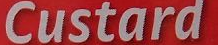
Custard